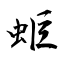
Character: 蚷